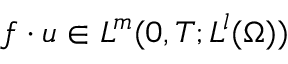
f \cdot u \in L ^ { m } ( 0 , T ; L ^ { l } ( \Omega ) )